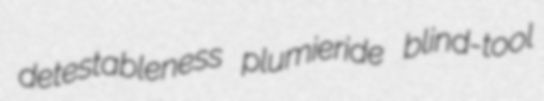
detestableness plumieride blind-tool